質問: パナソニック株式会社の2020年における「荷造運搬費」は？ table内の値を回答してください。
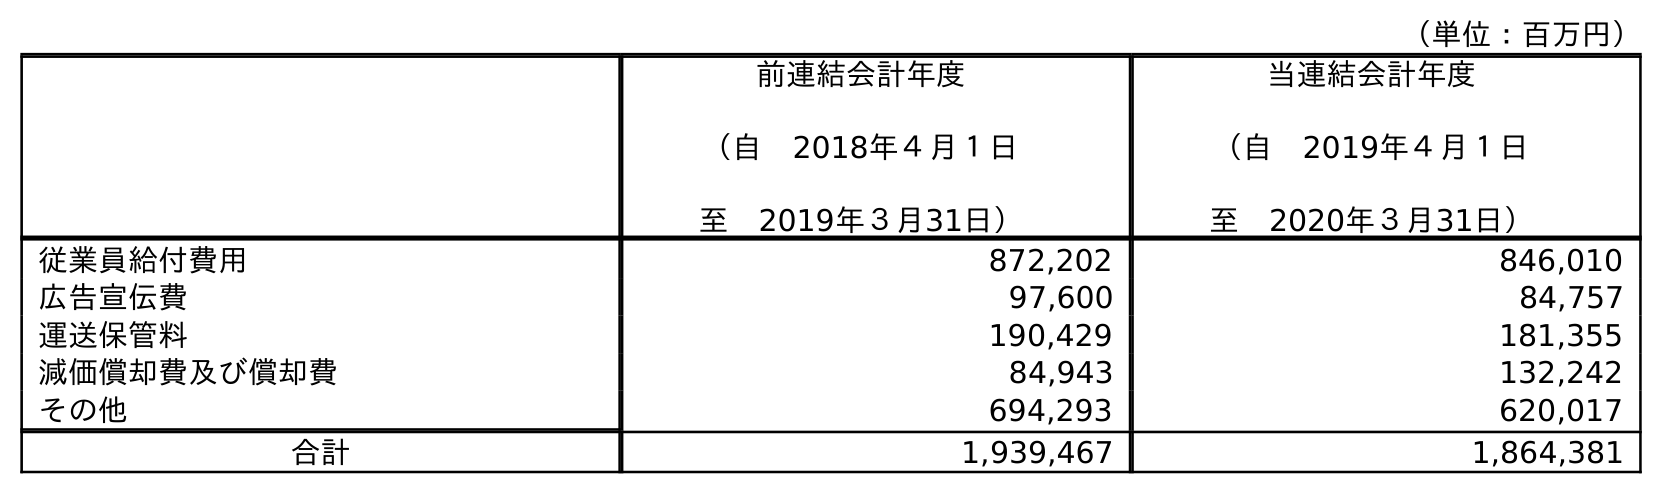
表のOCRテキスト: （単位：百万円） 前連結会計年度 （自 2018年４月１日 至 2019年３月31日） 当連結会計年度 （自 2019年４月１日 至 2020年３月31日） 従業員給付費用 872,202 846,010 広告宣伝費 97,600 84,757 運送保管料 190,429 181,355 減価償却費及び償却費 84,943 132,242 その他 694,293 620,017 合計 1,939,467 1,864,381
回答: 181,355